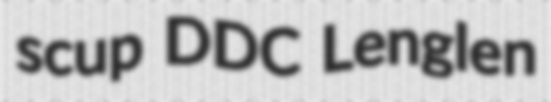
scup DDC Lenglen